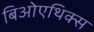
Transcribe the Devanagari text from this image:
बिओएथिक्स